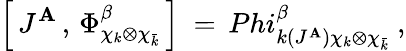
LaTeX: \left[\, J^{\mathbf{A}}\, ,\, \Phi_{\chi_{k}\otimes\chi_{\bar{{k}}}}^{\beta}\, \right]\ =\, Phi_{k(J^{\mathbf{A}})\chi_{k}\otimes\chi_{\bar{{k}}}}^{\beta}\ ,